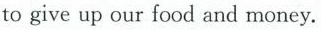
to give up our food and money.